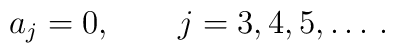
a_j=0,\qquad j=3,4,5,  \dots\, {.}